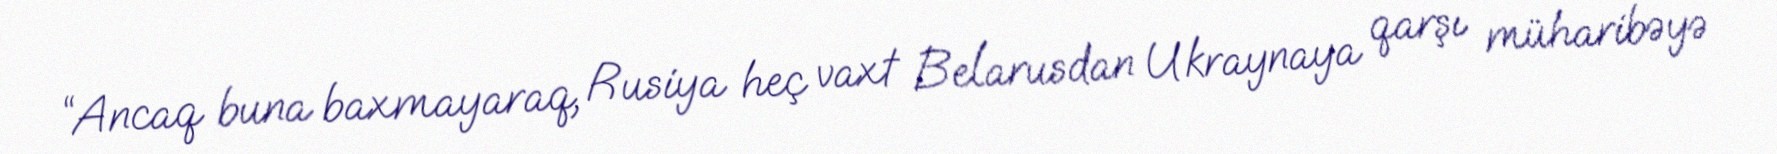
“Ancaq buna baxmayaraq, Rusiya heç vaxt Belarusdan Ukraynaya qarşı müharibəyə